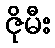
ဇိုမီး